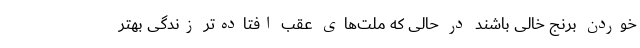
خوردن برنج خالی باشند در حالی که ملت‌های عقب افتاده‌تر زندگی بهتر